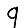
Digit: 9